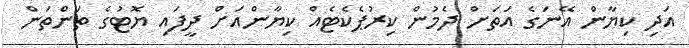
އަދި ކިޔާން އޭނަގެ އަތަށް ދެމުން ކިރުޕެކެޓެއް ކިޔާންއަށް ދީފައި ޔޮޓުގެ ތަންތަން